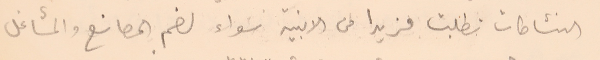
النشاطات تطلبت مزيدا من الابنية سواء لضم المصانع والمشاغل